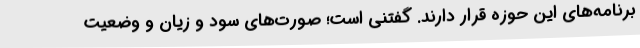
برنامه‌های این حوزه قرار دارند. گفتنی است؛ صورت‌های سود و زیان و وضعیت